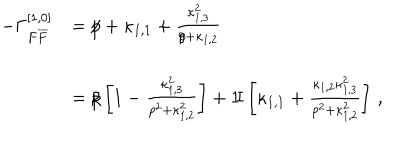
\begin{array} { r l } { { - \Gamma _ { F \overline { { { F } } } } ^ { [ 1 , 0 ] } } } & { { = { p \hspace { - 0 . 2 c m } / } + \kappa _ { 1 , 1 } + \frac { \kappa _ { 1 , 3 } ^ { 2 } } { { p \hspace { - 0 . 2 c m } / } + \kappa _ { 1 , 2 } } } } \\ { { \mathrm { } } } & { { = { p \hspace { - 0 . 2 c m } / } \left[ 1 - \frac { \kappa _ { 1 , 3 } ^ { 2 } } { p ^ { 2 } + \kappa _ { 1 , 2 } ^ { 2 } } \right] + \mathrm { { 1 \! I } } \left[ \kappa _ { 1 , 1 } + \frac { \kappa _ { 1 , 2 } \kappa _ { 1 , 3 } ^ { 2 } } { p ^ { 2 } + \kappa _ { 1 , 2 } ^ { 2 } } \right] \, , } } \\ \end{array}